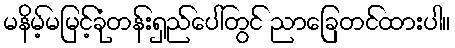
မနိမ့်မမြင့်ခုံတန်းရှည်ပေါ်တွင် ညာခြေတင်ထားပါ။